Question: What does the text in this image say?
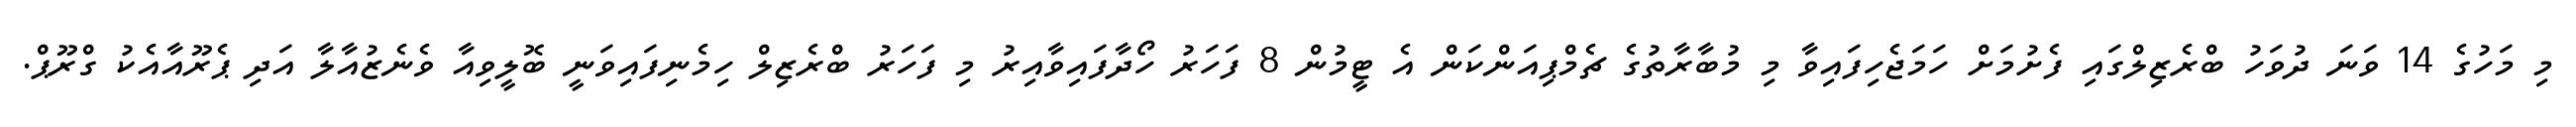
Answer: މި މަހުގެ 14 ވަނަ ދުވަހު ބްރެޒިލްގައި ފެށުމަށް ހަމަޖެހިފައިވާ މި މުބާރާތުގެ ޗެމްޕިއަންކަން އެ ޓީމުން 8 ފަހަރު ހޯދާފައިވާއިރު މި ފަހަރު ބްރެޒިލް ހިމެނިފައިވަނީ ބޮލީވިއާ ވެނެޒުއާލާ އަދި ޕެރޫއާއެކު ގްރޫޕް.